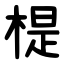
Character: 㮛